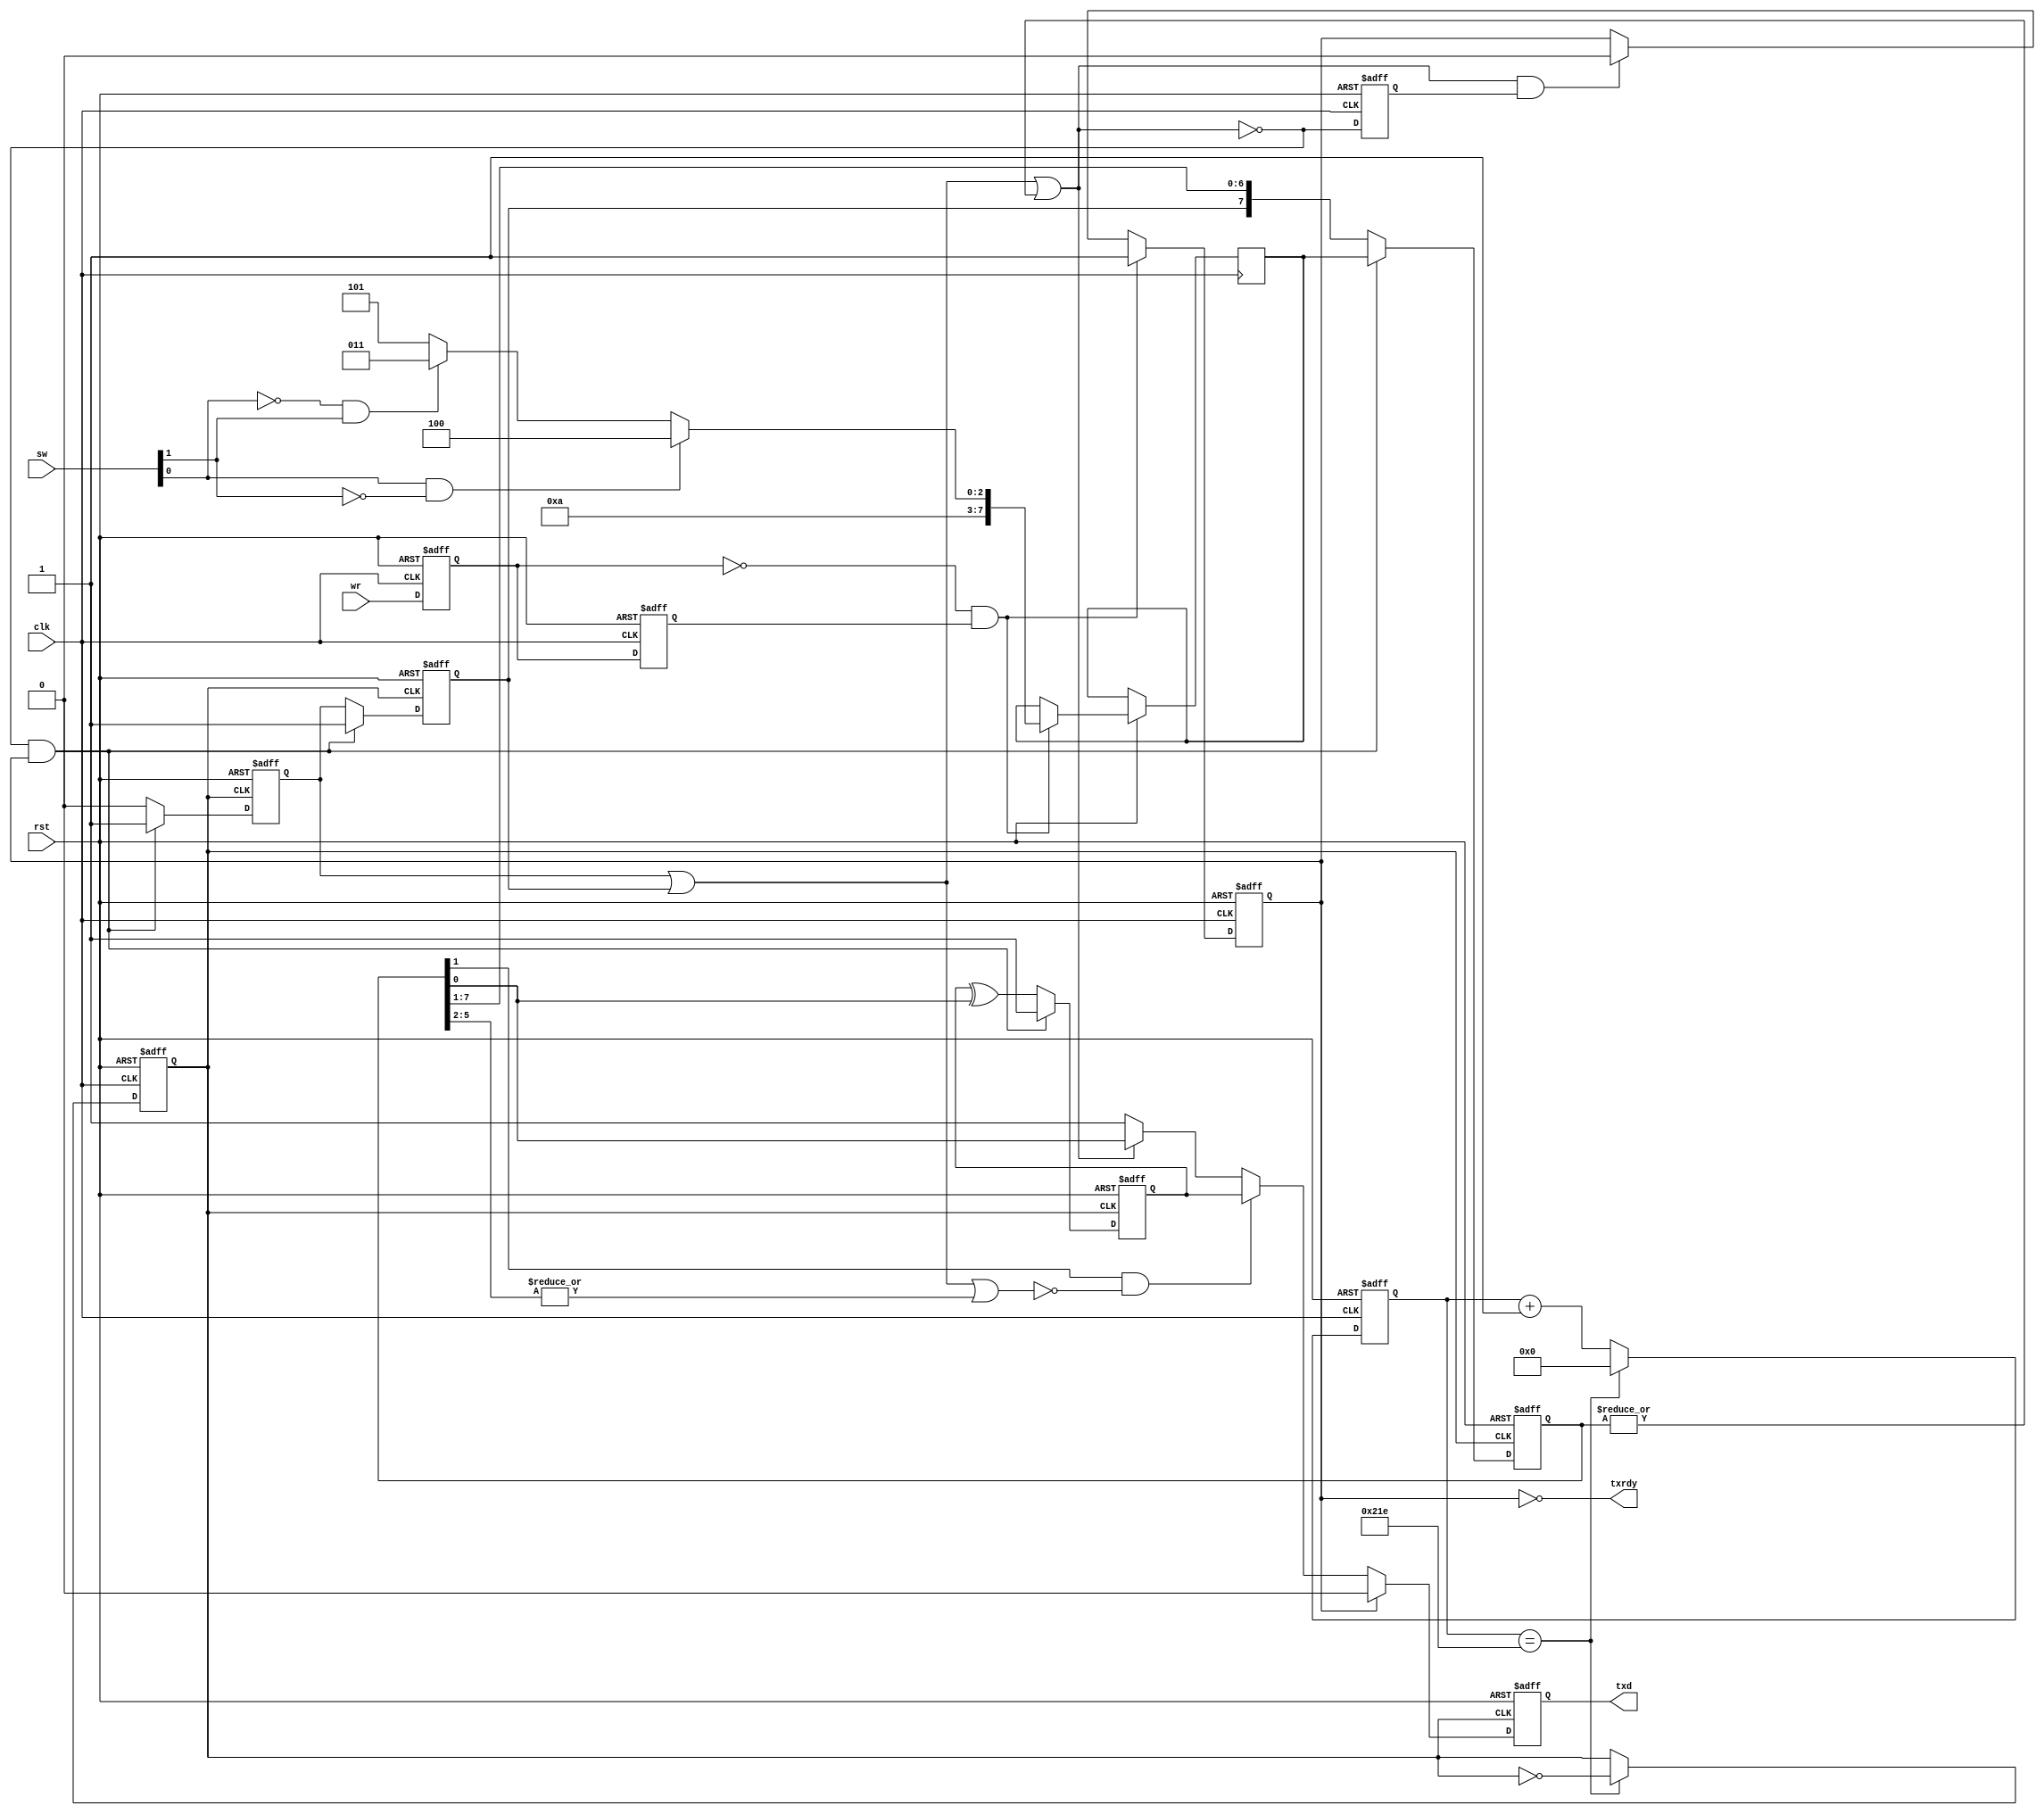
`timescale 1ns / 1ps
//////////////////////////////////////////////////////////////////////////////////
// Company: 
// Engineer: 
// 
// Design Name: 
// Module Name: top
// Project Name: 
// Target Devices: 
// Tool Versions: 
// Description: 
// 
// Dependencies: 
// 
// Revision:
// Revision 0.01 - File Created
// Additional Comments:
// 
//////////////////////////////////////////////////////////////////////////////////


module top(rst,clk,wr,sw,txd,txrdy);
input rst,clk;//reset,  
input wr;//   
input [1:0] sw;
reg [7:0] d_in=8'b00000000;// 
output txd;// 
output txrdy;//   

always @(sw[0] or sw[1])
begin
    if(sw[0] == 1 && sw[1] == 0)
    begin
        d_in <= 8'h54;
    end
    else if(sw[0] == 0 && sw[1] == 1)
    begin
        d_in <= 8'h53;
    end
    else
    begin
        d_in <= 8'h55;
    end
end

reg txd;// always  reg 

reg [7:0]txhold;//   
reg [7:0]txreg;//  
reg txtag2;//     
reg txtag1;//     , txtag2 txtag1 txreg ->
reg txparity;// 

reg txclk;// 
wire txdone;//1:txtag2   ,     0:    
wire paritycycle;//1: 
reg txdatardy;// txhold   1

reg [9:0] clk_count;
reg wr1, wr2;//wr  1,2      , wr->wr1 wr2 -> (txtag1,2)
             //  1txclk 0      
reg txdone1;//txdone  1     , txdone txdone1->

//wr txdone  
always @(posedge clk or negedge rst)
begin
    if(!rst)// 
    begin
        wr1 <= 0; wr2 <= 0; txdone1 <= 0;
    end
    else//clk   
    begin
        wr2 <= wr1;
        wr1 <= wr;//wr  
        txdone1 <= txdone;//
    end
end

//wr txdone    
always @(posedge clk or negedge rst)
begin
    if(!rst)// 
        txdatardy <= 0;// , txhold   
    else
        if(wr1 == 0 & wr2 == 1)//wr  
        begin
            txhold <= d_in;
            txdatardy <= 1;// wr  txhold   txdatardy=1,    0
        end
        else if(txdone ==0 & txdone1 == 1)//txdone   txdatady=0 .
            txdatardy <= 0;//   txdone 1 0    txdatardy=0,     1    
                           // (  txdone=1) -> wr ->txhold, "txdatardy=1"->txreg ->txdone=0->"txdatardy=0"->   txdone=1-> 
end

//   txclk 
//1   clk16 ,  8    16   
always @(posedge clk or negedge rst)
begin
    if(!rst)
    begin
        clk_count <= 0; txclk <= 0;
    end
    else
    begin
        clk_count <= clk_count+1;
        if(clk_count == 542)//
        begin
            txclk <= ~txclk;//8 , 16  txclk
            clk_count <= 0;
        end
    end
end

// 
always @(posedge txclk or negedge rst)
begin : txshift
    if(!rst)
    begin
        txreg <= 0;
        txtag1 <= 0;
        txtag2 <= 0;
        txparity <= 0;
    end
    else//txclk  
        if((txdone & txdatardy)==1)//  , wr  txhold   
        begin
            txreg <= txhold;
            txtag2 <= 1;
            txtag1 <= 1;
            txparity <= 1;
        end
        else//txreg  txdone=0   txdatardy 0
        begin
            txreg <= {txtag1, txreg[7:1]};
            txtag1 <= txtag2;
            txtag2 <= 0;
            txparity <= txparity ^ txreg[0];// txparity 1: txparity  1 , 0: 1 
        end
end
//     txreg  ? ->      txdone=1, wr  txhold  txdatardy=1  
//   1->0   


//
always @(posedge txclk or negedge rst)
begin : tx_out
    if(!rst)    txd<=1;//reset   , ?    txd 1    
    else if(txdatardy)  txd<=0;//    
    else if(paritycycle)    txd<=txparity;// txtag2=1 txreg[1]   txparity 
    else if(txdone) txd<=1;//  
    else txd <= txreg[0];
end

//txtag2 txreg[1]   paritycycle = 1
// txtag2=1 txreg[1] ,     0 
assign paritycycle = txreg[1] & ~(txtag2 | txtag1 | (| txreg[5:2]));
//| 1   0,   (txtag2=1   txdone 0,    1
assign txdone = ~(txtag2 | txtag1 | (| txreg[7:0]));//    000111  111  ..!! 10000011  .
assign txrdy = ~txdatardy;

endmodule